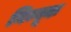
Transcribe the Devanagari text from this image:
निम्बूक